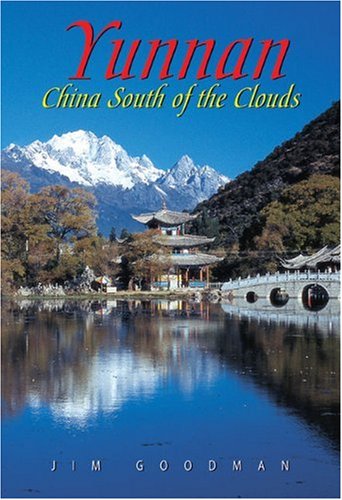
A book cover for Yunnan: China South of the Clouds (Odyssey Guides); Jim Goodman; Travel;